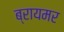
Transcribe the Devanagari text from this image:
ब्रायमर